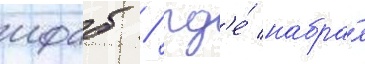
ифаб / гд'е́ набра́л